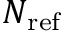
N _ { \mathrm { r e f } }